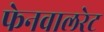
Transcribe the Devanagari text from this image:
फेनवालरेट